Lunatic asylums Central Provinces reports 1895-1909 - 1895-1909
Year: 1895
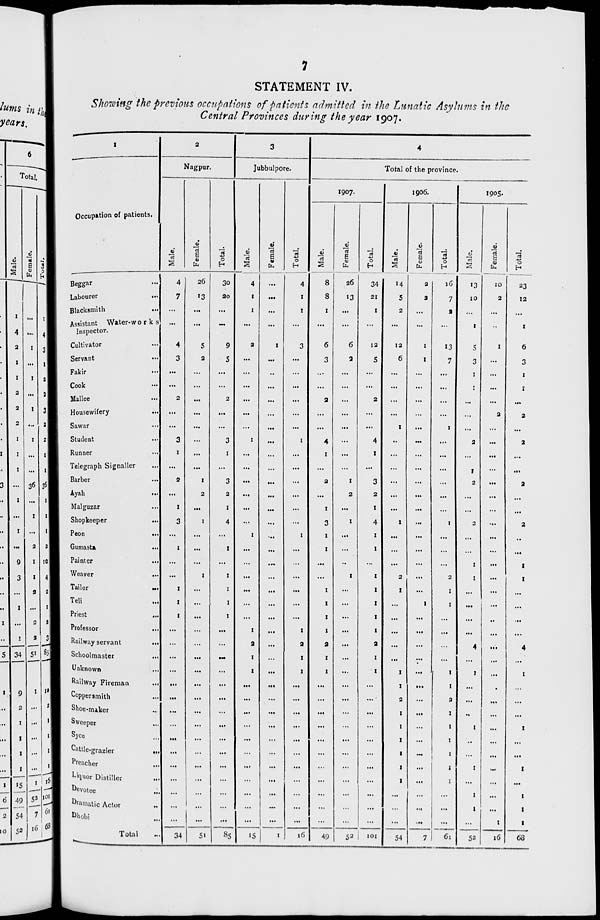
7
STATEMENT IV.
Showing the previous occupations of patients admitted in the Lunatic Asylums in the
Central Provinces during the year 1907.
1
Occupation of patients.
Beggar ...
Labourer ...
Blacksmith ...
Assistant Water-works
Inspector. ...
Cultivator ...
Servant ...
Fakir ...
Cook ...
Mallee ...
Housewifery
...
Sawar ...
Student ...
Runner ...
Telegraph Signaller ...
Barber ...
Ayah
...
Malguzar ...
Shopkeeper ...
Peon
...
Gumasta ...
Painter ...
Weaver
...
Tailor
...
Teli ...
Priest
...
Professor
...
Railway servant ...
Schoolmaster ...
Unknown ...
Railway Fireman ...
Coppersmith ...
Shoe-maker ...
Sweeper ...
Syce ...
Cattle-grazier
...
Preacher ...
Liquor Distiller ...
Devotee ...
Dramatic Actor ...
Dhobi ...
Total ...
2
Nagpur.
Male.
4
7
...
...
4
3
...
...
2
...
...
3
1
...
2
...
1
3
...
1
...
...
1
1
1
...
...
...
...
...
...
...
...
...
...
...
...
...
...
34
Female.
26
13
...
...
5
2
...
...
...
...
...
...
...
...
1
2
...
1
...
...
...
1
...
...
...
...
...
...
...
...
...
...
...
...
...
...
...
...
...
...
51
Total.
30
20
...
...
9
5
...
...
2
...
...
3
1
...
3
2
1
4
...
1
...
1
1
1
1
...
...
...
...
...
...
...
...
...
...
...
...
...
...
...
85
3
Jubbulpore.
Male.
4
1
1
...
2
...
...
...
...
...
...
1
...
...
...
...
...
...
1
...
...
...
...
...
...
1
2
1
1
...
...
...
...
...
...
...
...
...
...
...
15
Female.
...
...
...
...
1
...
...
...
...
...
...
...
...
...
...
...
...
...
...
...
...
...
...
...
...
...
...
...
...
...
...
...
...
...
...
...
...
...
...
...
1
Total.
4
1
1
...
3
...
...
...
...
...
...
1
...
...
...
...
...
...
1
...
...
...
...
...
...
1
2
1
1
...
...
...
...
...
...
...
...
...
...
...
16
4
Total of the province.
1907.
Male.
8
8
1
...
6
3
...
...
2
...
...
4
1
...
2
...
1
3
1
1
...
...
1
1
1
1
2
1
1
...
...
...
...
...
...
...
...
...
...
...
49
Female.
26
13
...
...
6
2
...
...
...
...
...
...
...
...
1
2
...
1
...
...
...
1
...
...
...
...
...
...
...
...
...
...
...
...
...
...
...
...
...
...
52
Total.
34
21
1
...
12
5
...
...
2
...
...
4
1
...
3
2
1
4
1
1
...
1
1
1
1
1
2
1
1
...
...
...
...
...
...
...
...
...
...
...
101
1906.
Male.
14
5
2
...
12
6
...
...
...
...
1
...
...
...
...
...
...
1
...
...
...
2
1
...
...
...
...
...
1
1
2
1
1
1
1
1
1
...
...
...
54
Female.
2
2
...
...
1
1
...
...
...
...
...
...
...
...
...
...
...
...
...
...
...
...
...
1
...
...
...
...
...
...
...
...
...
...
...
...
...
...
...
...
7
Total.
16
7
2
...
13
7
...
...
...
...
1
...
...
...
...
...
...
1
...
...
...
2
1
1
...
...
...
...
1
1
2
1
1
1
1
1
1
...
...
...
61
1905.
Male.
13
10
...
1
5
3
1
1
...
...
...
2
...
1
2
...
...
2
...
...
1
1
...
...
...
...
4
...
1
...
...
...
1
...
...
1
...
1
1
...
52
Female.
10
2
...
...
1
...
...
...
...
2
...
...
...
...
...
...
...
...
...
...
...
...
...
...
...
...
...
...
...
...
...
...
...
...
...
...
...
...
...
1
16
Total.
23
12
...
1
6
3
1
1
...
2
...
2
...
...
2
...
...
2
...
...
1
1
...
...
...
...
4
...
1
...
...
...
1
...
...
1
...
1
1
1
68